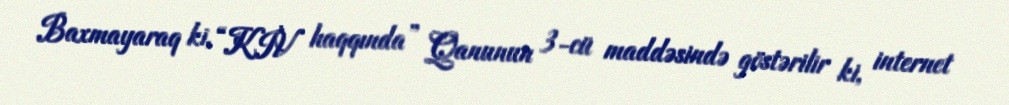
Baxmayaraq ki, “KİV haqqında” Qanunun 3-cü maddəsində göstərilir ki, internet